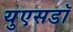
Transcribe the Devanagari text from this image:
युएसडॉ